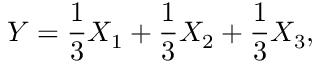
Y = \frac { 1 } { 3 } X _ { 1 } + \frac { 1 } { 3 } X _ { 2 } + \frac { 1 } { 3 } X _ { 3 } ,